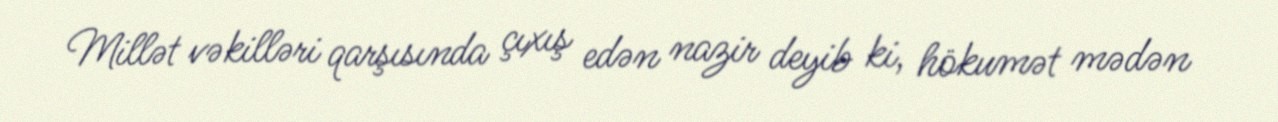
Millət vəkilləri qarşısında çıxış edən nazir deyib ki, hökumət mədən